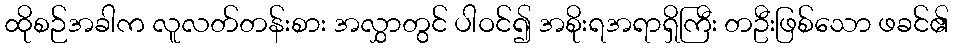
ထိုစဉ်အခါက လူလတ်တန်းစား အလွှာတွင် ပါဝင်၍ အစိုးရအရာရှိကြီး တဦးဖြစ်သော ဖခင်၏